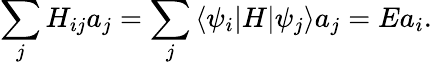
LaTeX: \sum_{j}H_{ij}a_{j}=\sum_{j}\left<\psi_{i}|H|\psi_{j}\right>a_{j}=Ea_{i}.